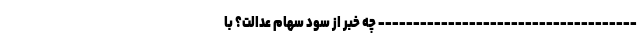
------------------------------------- چه خبر از سود سهام عدالت؟ با